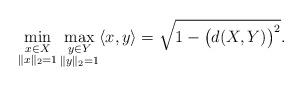
LaTeX: \begin{align*}\min_{\substack{x\in X\\\|x\|_2=1}}\max_{\substack{y\in Y\\\|y\|_2=1}}\langle x,y\rangle=\sqrt{1-\big(d(X,Y)\big)^2}.\end{align*}